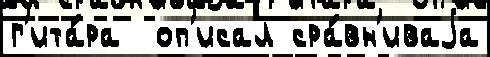
г'ита́ра  оп'исал сра́вн'иваjа